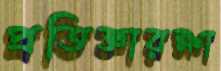
প্রতিজ্ঞারক্ষা